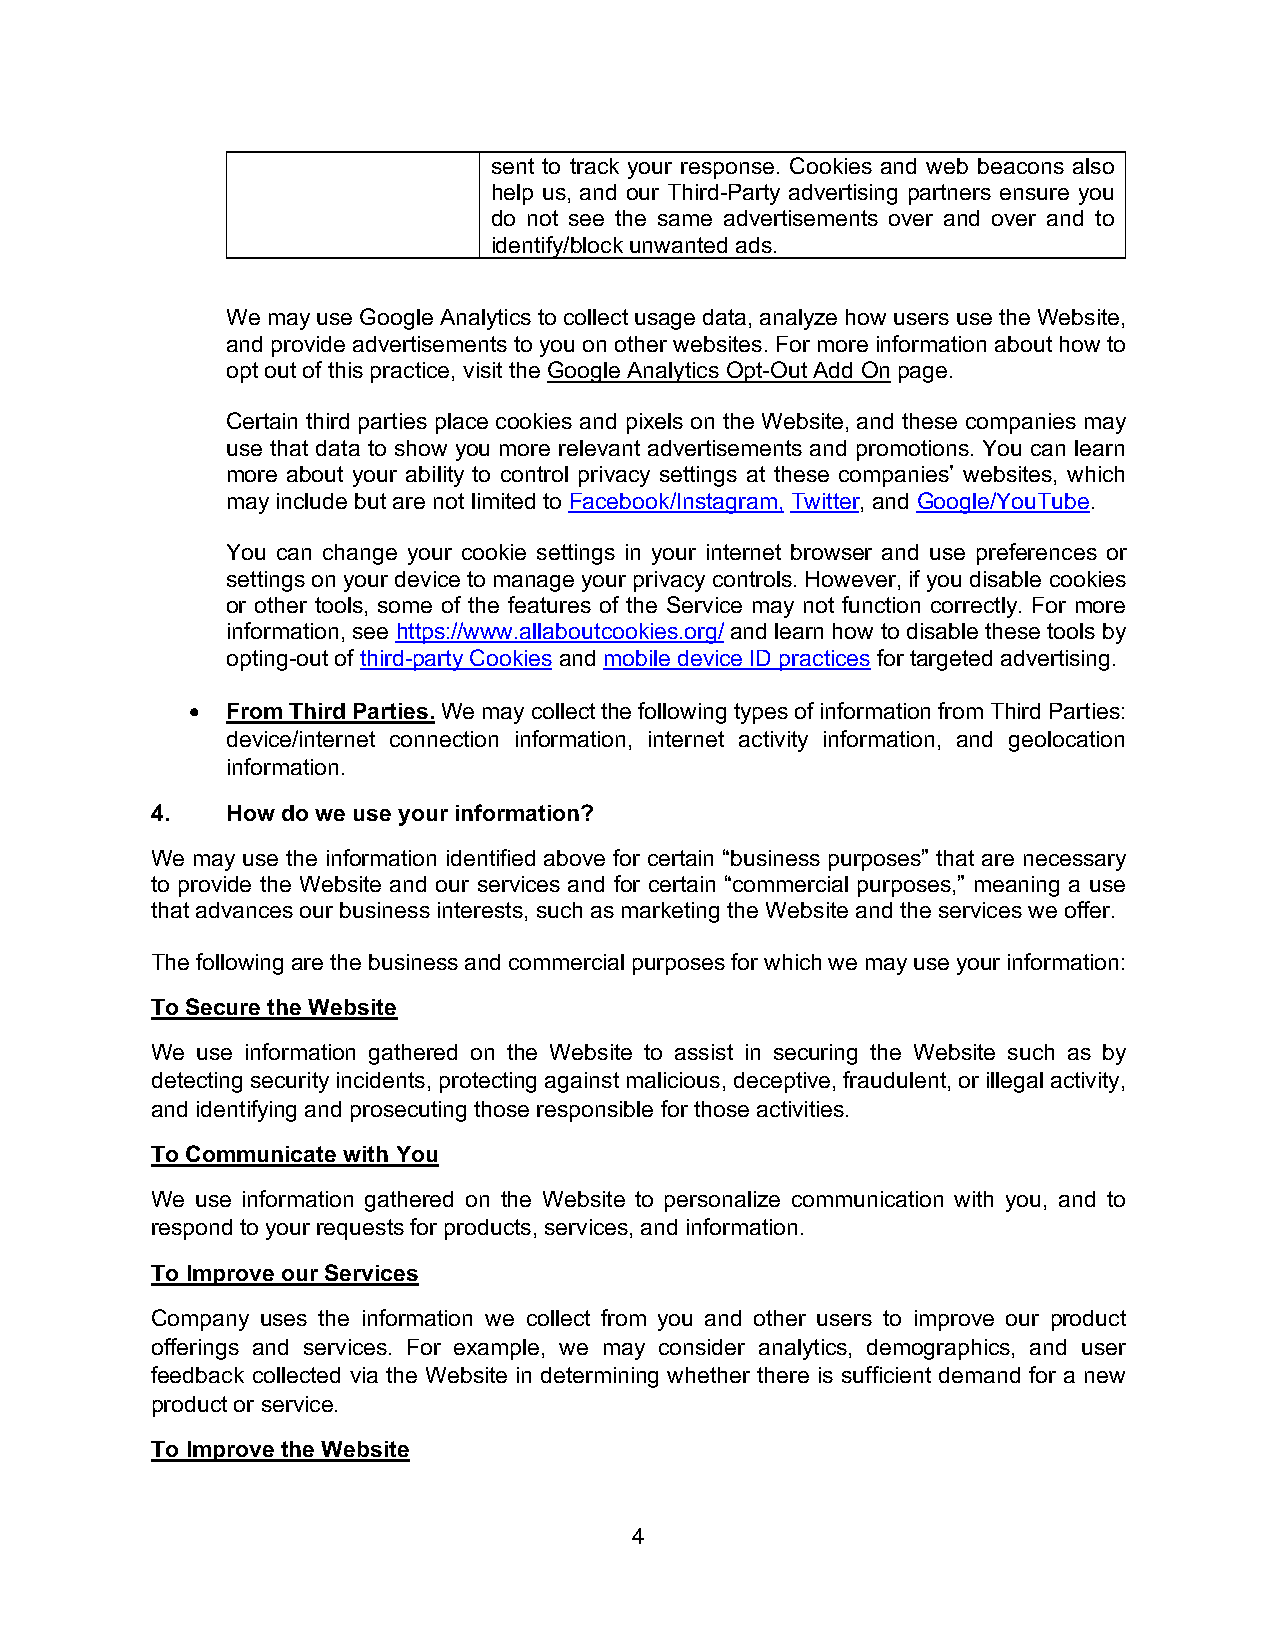
sent to track your response. Cookies and web beacons also
 help us, and our Third-Party advertising partners ensure you
 do not see the same advertisements over and over and to
 identify/block unwanted ads.
 We may use Google Analytics to collect usage data, analyze how users use the Website,
 and provide advertisements to you on other websites. For more information about how to
 opt out of this practice, visit the Google Analytics Opt-Out Add On page.
 Certain third parties place cookies and pixels on the Website, and these companies may
 use that data to show you more relevant advertisements and promotions. You can learn
 more about your ability to control privacy settings at these companies’ websites, which
 may include but are not limited to Facebook/Instagram, Twitter, and Google/YouTube.
 You can change your cookie settings in your internet browser and use preferences or
 settings on your device to manage your privacy controls. However, if you disable cookies
 or other tools, some of the features of the Service may not function correctly. For more
 information, see https://www.allaboutcookies.org/ and learn how to disable these tools by
 opting-out of third-party Cookies and mobile device ID practices for targeted advertising.
 •  From Third Parties. We may collect the following types of information from Third Parties:
 device/internet connection information, internet activity information, and geolocation
 information.
 4.   How do we use your information?
 We may use the information identified above for certain “business purposes” that are necessary
 to provide the Website and our services and for certain “commercial purposes,” meaning a use
 that advances our business interests, such as marketing the Website and the services we offer.
 The following are the business and commercial purposes for which we may use your information:
 To Secure the Website
 We use information gathered on the Website to assist in securing the Website such as by
 detecting security incidents, protecting against malicious, deceptive, fraudulent, or illegal activity,
 and identifying and prosecuting those responsible for those activities.
 To Communicate with You
 We use information gathered on the Website to personalize communication with you, and to
 respond to your requests for products, services, and information.
 To Improve our Services
 Company uses the information we collect from you and other users to improve our product
 offerings and services. For example, we may consider analytics, demographics, and user
 feedback collected via the Website in determining whether there is sufficient demand for a new
 product or service.
 To Improve the Website
 4